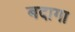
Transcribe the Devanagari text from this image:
बदागा